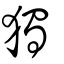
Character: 獨